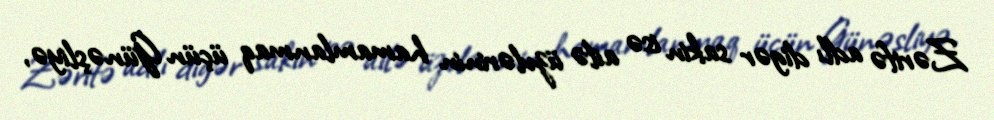
Zərifə adlı digər sakin isə ailə üzvlərinin hamamlanmaq üçün Günəşliyə,